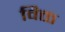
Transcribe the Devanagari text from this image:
विक्त